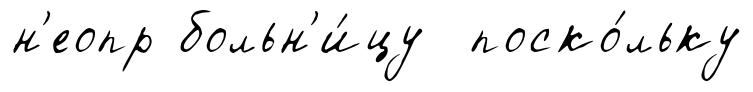
н'еопр больн'и́цу поско́льку